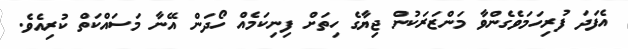
އެފަދަ ފުރިހަމަވެގެންވާ މަންޒަރަކުން ޖިޔާގެ ހިތަށް ފިނިކަމެއް ހޯދަން އޭނާ މަސައްކަތް ކުރިއެވެ.